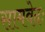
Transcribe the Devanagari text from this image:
सामवेदः